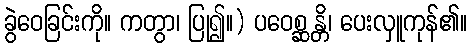
ခွဲဝေခြင်းကို။ ကတွာ၊ ပြု၍။) ပဝေစ္ဆန္တိ၊ ပေးလှူကုန်၏။